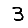
Digit: 3